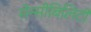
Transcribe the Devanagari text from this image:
सेन्सीबिलिटी